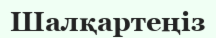
Шалқартеңіз